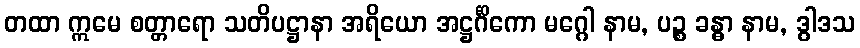
တထာ ဣမေ စတ္တာရော သတိပဋ္ဌာနာ အရိယော အဋ္ဌင်္ဂိကော မဂ္ဂေါ နာမ, ပဉ္စ ခန္ဓာ နာမ, ဒွါဒသ